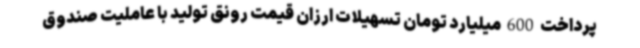
پرداخت 600 میلیارد تومان تسهیلات ارزان قیمت رونق تولید با عاملیت صندوق